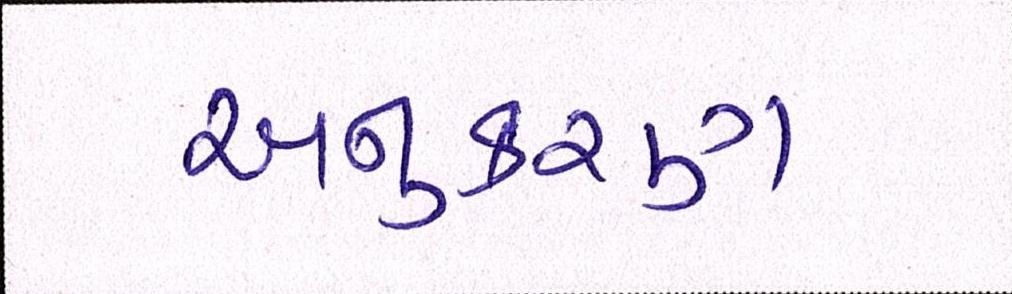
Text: અનુકરણ